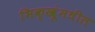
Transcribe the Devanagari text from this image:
भिक्खूंमधील